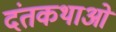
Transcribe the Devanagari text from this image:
दंतकथाओ